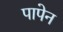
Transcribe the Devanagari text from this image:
पापेन